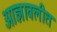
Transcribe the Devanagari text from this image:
आज्ञावलीत